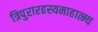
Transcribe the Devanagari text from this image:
त्रिपुरारहस्यमाहात्म्य